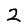
Digit: 2